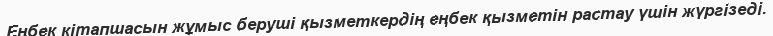
Еңбек кітапшасын жұмыс беруші қызметкердің еңбек қызметін растау үшін жүргізеді.